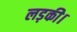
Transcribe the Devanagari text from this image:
लड़की।